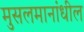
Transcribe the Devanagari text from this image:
मुसलमानांधील